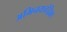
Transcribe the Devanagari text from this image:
अभिनयचंद्रिका